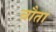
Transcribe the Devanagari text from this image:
चौता